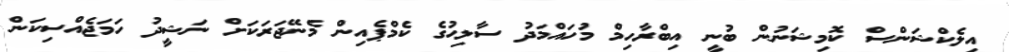
އިލެކްޝަންސް ކޮމިޝަނުން ބުނީ އިބްރާހިމް މުހައްމަދު ސާލިޙުގެ ކެމްޕެއިން މެނޭޖަރަކަށް ނަޝީދު ހަމަޖެއްސިކަން